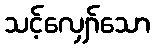
သင့်လျှော်သော